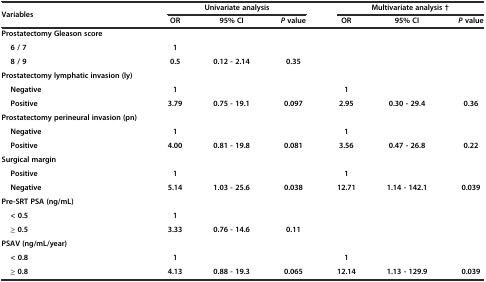
<table><thead><tr><td rowspan="2"><b>Variables</b></td><td colspan="3"><b>Univariate analysis</b></td><td colspan="3"><b>Multivariate analysis †</b></td></tr><tr><td><b>OR</b></td><td><b>95% CI</b></td><td><b><i>P</i>value</b></td><td><b>OR</b></td><td><b>95% CI</b></td><td><b><i>P</i>value</b></td></tr></thead><tbody><tr><td><b>Prostatectomy Gleason score</b></td><td></td><td></td><td></td><td></td><td></td><td></td></tr><tr><td><b>6 / 7</b></td><td><b>1</b></td><td></td><td></td><td></td><td></td><td></td></tr><tr><td><b>8 / 9</b></td><td><b>0.5</b></td><td><b>0.12 - 2.14</b></td><td><b>0.35</b></td><td></td><td></td><td></td></tr><tr><td><b>Prostatectomy lymphatic invasion (ly)</b></td><td></td><td></td><td></td><td></td><td></td><td></td></tr><tr><td><b>Negative</b></td><td><b>1</b></td><td></td><td></td><td><b>1</b></td><td></td><td></td></tr><tr><td><b>Positive</b></td><td><b>3.79</b></td><td><b>0.75 - 19.1</b></td><td><b>0.097</b></td><td><b>2.95</b></td><td><b>0.30 - 29.4</b></td><td><b>0.36</b></td></tr><tr><td><b>Prostatectomy perineural invasion (pn)</b></td><td></td><td></td><td></td><td></td><td></td><td></td></tr><tr><td><b>Negative</b></td><td><b>1</b></td><td></td><td></td><td><b>1</b></td><td></td><td></td></tr><tr><td><b>Positive</b></td><td><b>4.00</b></td><td><b>0.81 - 19.8</b></td><td><b>0.081</b></td><td><b>3.56</b></td><td><b>0.47 - 26.8</b></td><td><b>0.22</b></td></tr><tr><td><b>Surgical margin</b></td><td></td><td></td><td></td><td></td><td></td><td></td></tr><tr><td><b>Positive</b></td><td><b>1</b></td><td></td><td></td><td><b>1</b></td><td></td><td></td></tr><tr><td><b>Negative</b></td><td><b>5.14</b></td><td><b>1.03 - 25.6</b></td><td><b>0.038</b></td><td><b>12.71</b></td><td><b>1.14 - 142.1</b></td><td><b>0.039</b></td></tr><tr><td><b>Pre-SRT PSA (ng/mL)</b></td><td></td><td></td><td></td><td></td><td></td><td></td></tr><tr><td><b>&lt; 0.5</b></td><td><b>1</b></td><td></td><td></td><td></td><td></td><td></td></tr><tr><td><b>≥ 0.5</b></td><td><b>3.33</b></td><td><b>0.76 - 14.6</b></td><td><b>0.11</b></td><td></td><td></td><td></td></tr><tr><td><b>PSAV (ng/mL/year)</b></td><td></td><td></td><td></td><td></td><td></td><td></td></tr><tr><td><b>&lt; 0.8</b></td><td><b>1</b></td><td></td><td></td><td><b>1</b></td><td></td><td></td></tr><tr><td><b>≥ 0.8</b></td><td><b>4.13</b></td><td><b>0.88 - 19.3</b></td><td><b>0.065</b></td><td><b>12.14</b></td><td><b>1.13 - 129.9</b></td><td><b>0.039</b></td></tr></tbody></table>